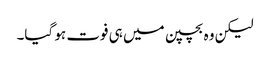
لیکن وہ بچپن میں ہی فوت ہو گیا۔